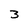
Character: 3